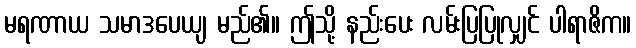
မရဏာယ သမာဒပေယျ မည်၏။ ဤသို့ နည်းပေး လမ်းပြပြုလျှင် ပါရာဇိက။